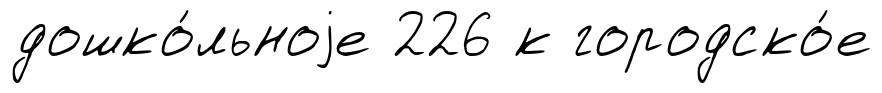
дошко́льноjе 226 к городско́е